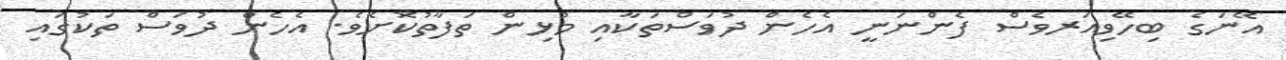
އޭނަގެ ބިހޭވިއަރވެސް ފެންނަނީ އެހެން ދުވަސްތަކާއި މުޅިން ތަފާތުކޮށެވެ. އެހެން ދުވަސް ތަކުގައި